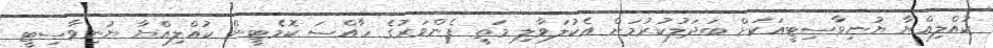
ކުއްލިއްޔާ ޔުނިވާސިޓީއަކަށް ބަދަލުކުރުމަށް އެކުލަވާލި މަތީ ފެންވަރުގެ ހާއްސަ ކޮމެޓީން ކުއްލިއްޔާ ޔުނިވާސިޓީ